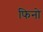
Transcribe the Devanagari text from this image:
फिनो